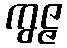
ကွဇ္ဇ